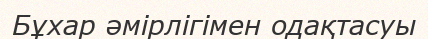
Бұхар әмірлігімен одақтасуы